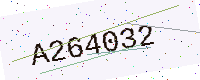
Text: A264032